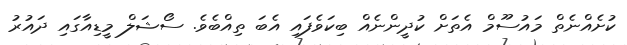
ކުށެއްނެތް މައުސޫމް އެތަށް ކުދީންނެއް ބިކަވެފައި އެބަ ތިއްބެވެ. ސޯޝަލް މީޑިއާގައި ދައުރު